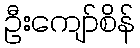
ဦးကျော်စိန်